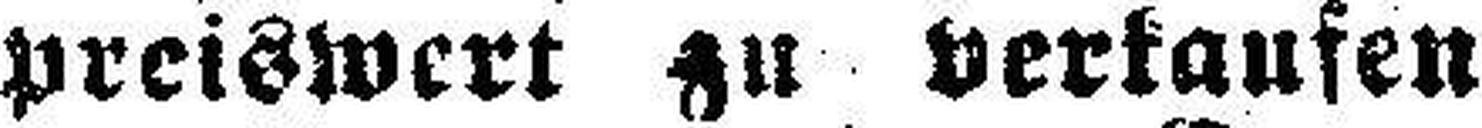
preiswert zu verkaufen